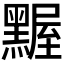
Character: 𪑱